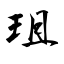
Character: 珇